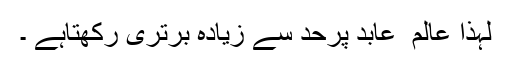
لہٰذا عالم ِ عابد پرحد سے زیادہ برتری رکھتاہے ۔